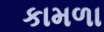
કામળા